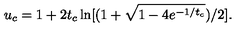
u _ { c } = 1 + 2 t _ { c } \ln [ ( 1 + \sqrt { 1 - 4 e ^ { - 1 / t _ { c } } } ) / 2 ] .